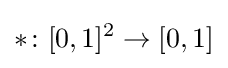
*\colon [0,1]^{2}\to [0,1]